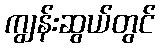
ကျွန်းဆွယ်တွင်